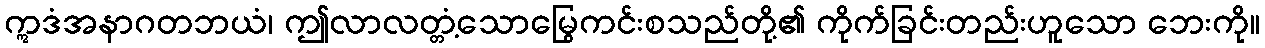
ဣဒံအနာဂတဘယံ၊ ဤလာလတ္တံ့သောမြွေကင်းစသည်တို့၏ ကိုက်ခြင်းတည်းဟူသော ဘေးကို။